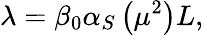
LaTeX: \lambda=\beta_{0}\alpha_{S}\left(\mu^{2}\right)L,